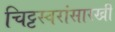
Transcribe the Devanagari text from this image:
चिट्टस्वरांसारखी